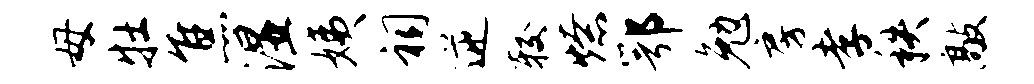
母牡焦湿姨祠逆较燎鄂勉房孝秩敲